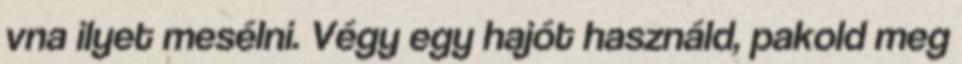
vna ilyet mesélni. Végy egy hajót használd, pakold meg